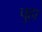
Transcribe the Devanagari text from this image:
पुहा